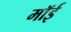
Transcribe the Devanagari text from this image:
मॉई